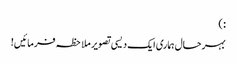
: )
بہرحال ہماری ایک دیسی تصویر ملاحظہ فرمائیں!